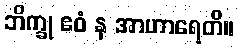
ဘိက္ခု ဧဝံ န အာဟာရေတိ။